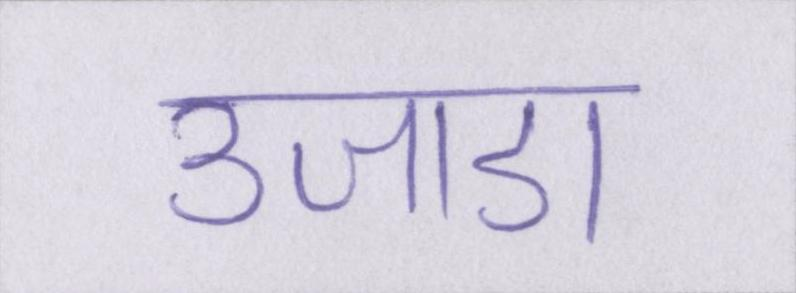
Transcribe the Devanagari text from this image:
उजाडा